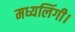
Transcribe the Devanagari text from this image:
मध्यलिंगी।